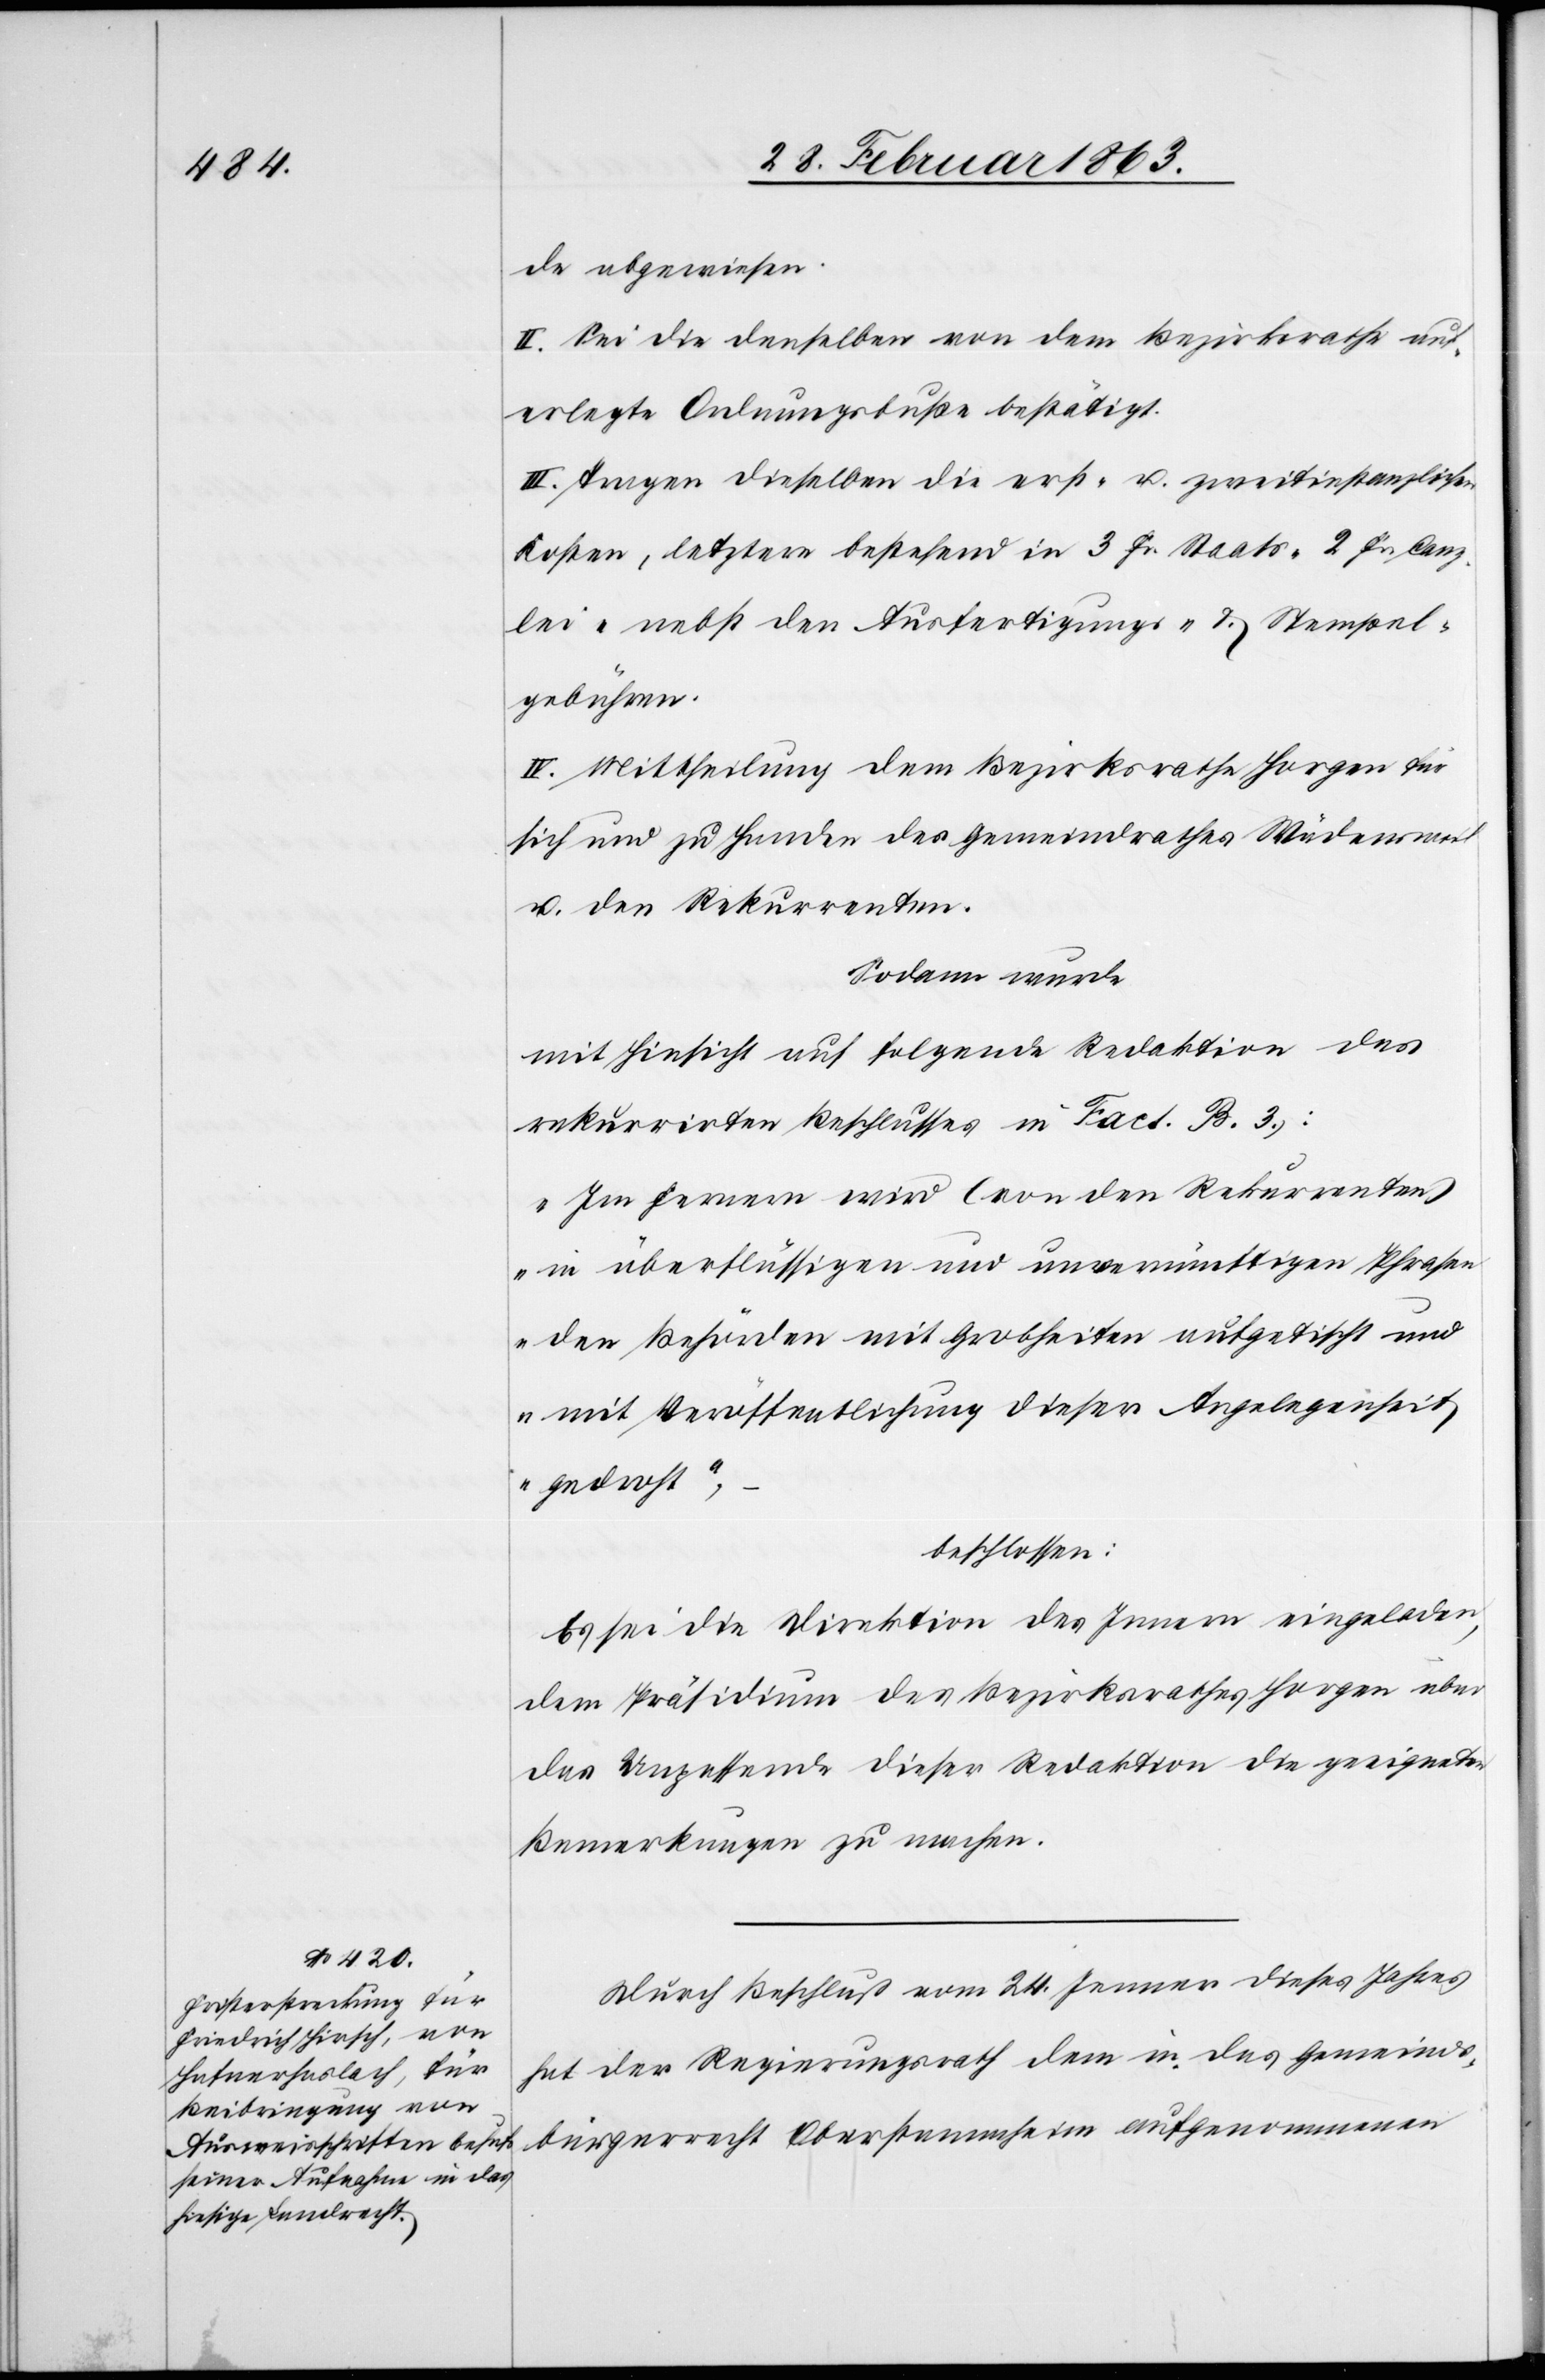
de abgewiesen.
II. Sei die denselben von dem Bezirksrathe auf¬
erlegte Ordnungsbuße bestätigt.
III. Tragen dieselben die erst- u. zweitinstanzlichen
Kosten, letztere bestehend in 3 Fr. Staats-[,] 2 Fr. Canz¬
lei- nebst den Ausfertigungs- & Stempel¬
gebühren.
IV. Mittheilung dem Bezirksrathe Horgen für
sich und zu Handen des Gemeindrathes Wädensweil
u. den Rekurrenten.
Sodann wurde
mit Hinsicht auf folgende Redaktion des
rekurrirten Beschlusses in Fact. B. 3.):
„Im Fernern wird (von den Rekurrenten)
in überflüssigen und unvernünftigen Phrasen
den Behörden mit Grobheiten aufgetischt und
mit Veröffentlichung dieser Angelegenheit
gedroht“,
beschlossen:
Es sei die Direktion des Innern eingeladen,
dem Präsidium des Bezirksrathes Horgen über
das Unpassende dieser Redaktion die geeigneten
Bemerkungen zu machen.
Durch Beschluß vom 24. Jenner dieses Jahres
hat der Regierungsrath dem in das Gemeinds¬
bürgerrecht Oberstammheim aufgenommenen